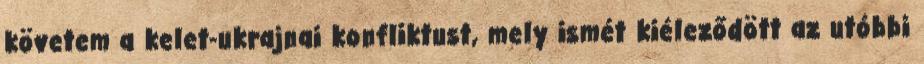
követem a kelet-ukrajnai konfliktust, mely ismét kiéleződött az utóbbi